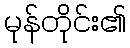
မုန်တိုင်း၏